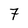
Character: 7